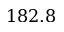
1 8 2 . 8